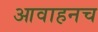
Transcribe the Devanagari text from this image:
आवाहनच